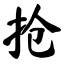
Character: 抢